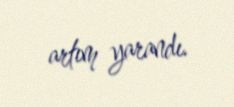
artım yarandı.